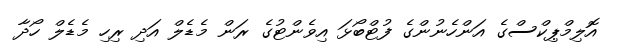
އޮލިމްޕިކްސްގެ އަންހެނުންގެ ފުޓްބޯޅަ އިވެންޓުގެ ރަން މެޑެލް އަދި ރިހި މެޑެލް ހޯދާ